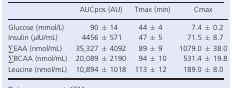
<table><thead><tr><td></td><td><b>AUCpos (AU)</b></td><td><b>Tmax (min)</b></td><td><b>Cmax</b></td></tr></thead><tbody><tr><td>Glucose (mmol/L)</td><td>90 ± 14</td><td>44 ± 4</td><td>7.4 ± 0.2</td></tr><tr><td>Insulin (<i>μ</i>IU/mL)</td><td>4456 ± 571</td><td>47 ± 5</td><td>71.5 ± 8.7</td></tr><tr><td>∑EAA (nmol/mL)</td><td>35,327 ± 4092</td><td>89 ± 9</td><td>1079.0 ± 38.0</td></tr><tr><td>∑BCAA (nmol/mL)</td><td>20,089 ± 2190</td><td>94 ± 10</td><td>531.4 ± 19.8</td></tr><tr><td>Leucine (nmol/mL)</td><td>10,894 ± 1018</td><td>113 ± 12</td><td>189.0 ± 8.0</td></tr></tbody></table>